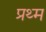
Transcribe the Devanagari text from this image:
प्रथ्म